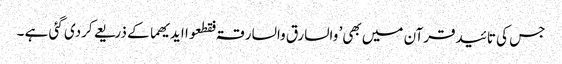
جس کی تائیدقرآن میں بھی’ والسارق والسارقۃ فقطعوا ایدیھما کے ذریعے کردی گئی ہے ۔